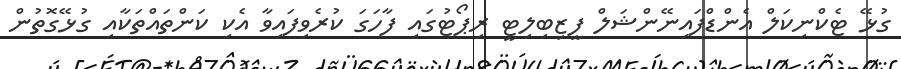
ގުޅޭ ޓެކްނިކަލް އެންޑްފައިނޭންޝަލް ފީޒިބިލިޓީ ރިޕޯޓުގައި ފާހަގަ ކުރެވިފައިވާ އެކި ކަންތައްތަކާއި ގުޅޭގޮތުން